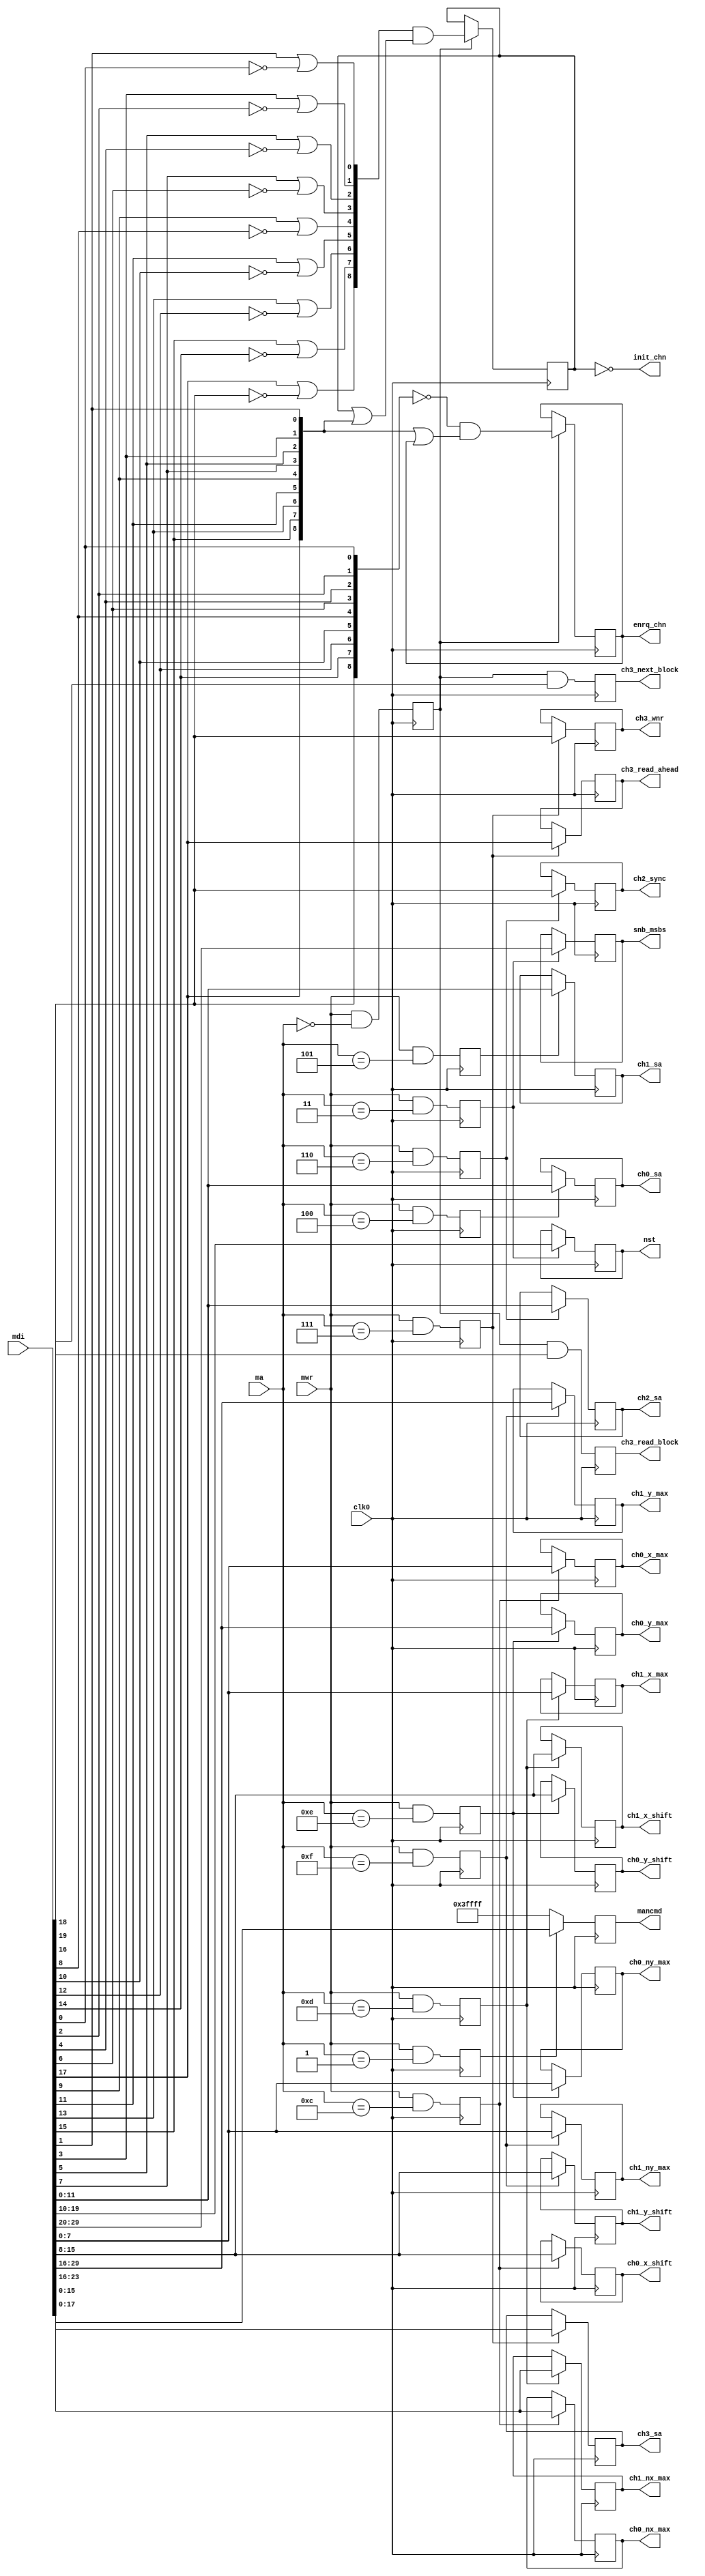
/*
** -----------------------------------------------------------------------------**
** mcontr_cmd.v
**
** decodes CPU writes to mcontr registers

** Copyright 2004 Elphel, Inc.
**
** -----------------------------------------------------------------------------**
**  This file is part of X333
** 
**  X333 is free software - hardware description language (HDL) code; you can
**  redistribute it and/or modify it under the terms of the GNU General Public License
**  as published by the Free Software Foundation; either version 2 of the License, or
**  (at your option) any later version.
** 
**  X333 is distributed in the hope that it will be useful,
**  but WITHOUT ANY WARRANTY; without even the implied warranty of
**  MERCHANTABILITY or FITNESS FOR A PARTICULAR PURPOSE.  See the
**  GNU General Public License for more details.
** 
**  You should have received a copy of the GNU General Public License
**  along with X333; if not, write to the Free Software
**  Foundation, Inc., 59 Temple Place, Suite 330, Boston, MA  02111-1307  USA
** -----------------------------------------------------------------------------**
**
*/

`timescale 1 ns / 1 ps

// add some status outputs
module mcontr_cmd(   clk0,           // system clock, mostly negedge (maybe add more clocks for ground bounce reducing?)0
                     mwr,            // @negedge clk0 - write parameters, single-cycle - valid with ma[2:0] - early , mdi valid at mwr and next cycle 
                     ma,             // [2:0] - specifies register to use:
                                     // 0 - command register, bit19 - ch3 read_block, bit 18 - next block, [17:16] - refresh, [15:14] - channel7, ...
                                     // 1 - SDRAM manual commands [17:0]
                                     // 2 - ny[9:0] (d[25:16], nx[9:0] (d[9:0])
                                     // 3 - snb_msbs[9:0], nst[9:0], nsty[4:0], nstx[4:0]
                                     // 4 - channel0 start address [11:0]
                                     // 5 - channel1 start address [11:0]
                                     // 6 - channel2 start address {sync,4'b0,[11:0]}
                                     // 7 - channel3 start address {readahead,write,[15:0]}
                     mdi,            // [31:0] data valid with mwr - CPU data to write parameters (and also - channel3)
// 
                     init_chn,       // [8:0] init channels (8 - refresh)
                     enrq_chn,       // [8:0] enable channels to access SDRAM ( 0 - pause, will not abort SDRAM r/w in progress) 
//                     en_refresh,
                     ch3_next_block,           
                     ch3_read_block,
                     ch3_read_ahead, // if set, ch3 in read mode will try to read 4 pages ahead without additional requests

                     snb_msbs,       // 10 MSBs of the start block address of the SDRAM dedicated to the token buffer
                     //nstx,           // (number of SUPERTILES (128x64 pix) block in a row) -1
                     //nsty,           // (number of SUPERTILES (128x64 pix) rows in a frame) -1
                     nst,            // (number of SUPERTILES (128x64 pix) in a frame) -1
                     //ntile_x,        // [9:0] (number of overlapping 20x20 tiles in a scan line) - 1
                     //ntile_y,        // [9:0] (number of overlapping 20x20 tiles in a column) - 1
										 ch0_x_max,
										 ch0_x_shift,
										 ch0_nx_max,
										 ch0_y_max,
										 ch0_y_shift,
										 ch0_ny_max,
										 ch1_x_max,
										 ch1_x_shift,
										 ch1_nx_max,
										 ch1_y_max,
										 ch1_y_shift,
										 ch1_ny_max,										 
                     ch0_sa,         // [11:0] 12 MSBs of the channel0 start address
                     ch1_sa,         // [11:0] 12 MSBs of the channel0 start address
                     ch2_sa,         // [11:0] 12 MSBs of the channel0 start address
                     ch3_sa,         // [15:0] 16 MSBs of the channel0 start address
                     ch2_sync,       // If "1" - channel 2 will wait for data from channel 0, "0" - run independently
                     ch3_wnr,        // channel3 (CPU PIO) write/not read mode
                     mancmd          // [17:0]

                     );
  input         clk0;
  input         mwr;
  input   [4:0] ma;
  input  [31:0] mdi;
  output  [8:0] init_chn;
  output  [8:0] enrq_chn;
//  output        en_refresh;
  output        ch3_next_block;
  output        ch3_read_block;
  output        ch3_read_ahead;
  output  [9:0] snb_msbs;   // 10 MSBs of the start block address of the SDRAM dedicated to the token buffer
  //output  [4:0] nstx;       // (number of SUPERTILES (128x64 pix) block in a row) -1
  //output  [4:0] nsty;       // (number of SUPERTILES (128x64 pix) rows in a frame) -1
  output  [9:0] nst;        // (number of SUPERTILES (128x64 pix) in a frame) -1

  //output  [9:0] ntile_x;        // [9:0] (number of overlapping 20x20 tiles in a scan line) - 1
  //output  [9:0] ntile_y;        // [9:0] (number of overlapping 20x20 tiles in a column) - 1
  output [11:0] ch0_sa;         // [11:0] 12 MSBs of the channel0 start address
  output [11:0] ch1_sa;         // [11:0] 12 MSBs of the channel0 start address
  output [11:0] ch2_sa;         // [11:0] 12 MSBs of the channel0 start address
  output [15:0] ch3_sa;         // [15:0] 16 MSBs of the channel0 start address
  output        ch2_sync;       // If "1" - channel 2 will wait for data from channel 0, "0" - run independently
  output        ch3_wnr;        // channel3 (CPU PIO) write/not read mode
  output [17:0] mancmd;

	output [7:0] ch0_x_max;
	output [7:0] ch0_x_shift;
	output [7:0] ch0_nx_max;
	output [13:0] ch0_y_max;
	output [7:0] ch0_y_shift;
	output [7:0] ch0_ny_max;
	
	output [7:0] ch1_x_max;
	output [7:0] ch1_x_shift;
	output [7:0] ch1_nx_max;
	output [13:0] ch1_y_max;
	output [7:0] ch1_y_shift;
	output [7:0] ch1_ny_max;

//   reg          en_refresh;
   reg          ch3_next_block;           
   reg          ch3_read_block;
   reg    [9:0] snb_msbs;   // 10 MSBs of the start block address of the SDRAM dedicated to the token buffer
   //reg    [4:0] nstx;       // (number of SUPERTILES (128x64 pix) block in a row) -1
   //reg    [4:0] nsty;       // (number of SUPERTILES (128x64 pix) rows in a frame) -1
   reg    [9:0] nst;        // (number of SUPERTILES (128x64 pix) in a frame) -1
   //reg    [9:0] ntile_x;        // [9:0] (number of overlapping 20x20 tiles in a scan line) - 1
   //reg    [9:0] ntile_y;        // [9:0] (number of overlapping 20x20 tiles in a column) - 1
   reg   [11:0] ch0_sa;         // [11:0] 12 MSBs of the channel0 start address
   reg   [11:0] ch1_sa;         // [11:0] 12 MSBs of the channel0 start address
   reg   [11:0] ch2_sa;         // [11:0] 12 MSBs of the channel0 start address
   reg   [15:0] ch3_sa;         // [15:0] 16 MSBs of the channel0 start address
   reg          ch2_sync;       // If "1" - channel 2 will wait for data from channel 0, "0" - run independently
   reg          ch3_wnr;        // channel3 (CPU PIO) write/not read mode
   reg   [17:0] mancmd;
   reg    [8:0] ninit_chn;
   reg          ch3_read_ahead;
   wire   [8:0] init_chn=~ninit_chn[8:0]; // so will be initialized to all "1"-s on POR
   reg    [8:0] enrq_chn;
/**/
   reg          mwr_cmd;
   reg          mancmd_stb;
   reg          mwr_nxny;
   reg          mwr_tkpars;
   reg          mwr_ch0;
   reg          mwr_ch1;
   reg          mwr_ch2;
   reg          mwr_ch3;
	 
	 reg mwr_ch0x, mwr_ch0y;
	 reg mwr_ch1x, mwr_ch1y;
	 
	reg [7:0] ch0_x_max=7;
	reg [7:0] ch0_x_shift=1; //was8
	reg [7:0] ch0_nx_max=15;  //was3
	reg [13:0] ch0_y_max=3;
	reg [7:0] ch0_y_shift=4;
	reg [7:0] ch0_ny_max=9;
	
	reg [7:0] ch1_x_max=7;
	reg [7:0] ch1_x_shift=1; //was8
	reg [7:0] ch1_nx_max=15;  //was3
	reg [13:0] ch1_y_max=3;
	reg [7:0] ch1_y_shift=4;
	reg [7:0] ch1_ny_max=9;	 
	 
/**/
/*
   wire          mwr_cmd;
   wire         mancmd_stb;
   wire         mwr_nxny;
   wire         mwr_tkpars;
   wire         mwr_ch0;
   wire         mwr_ch1;
   wire         mwr_ch2;
   wire         mwr_ch3;

 assign mwr_cmd    = mwr && (ma[2:0]==3'h0);
 assign mancmd_stb = mwr && (ma[2:0]==3'h1);
 assign mwr_nxny   = mwr && (ma[2:0]==3'h2);
 assign mwr_tkpars = mwr && (ma[2:0]==3'h3);
 assign mwr_ch0    = mwr && (ma[2:0]==3'h4);
 assign mwr_ch1    = mwr && (ma[2:0]==3'h5);
 assign mwr_ch2    = mwr && (ma[2:0]==3'h6);
 assign mwr_ch3    = mwr && (ma[2:0]==3'h7);
*/


   always @ (negedge clk0) begin
/**/
    mwr_cmd    <= mwr && (ma[4:0]==5'h0);
    mancmd_stb <= mwr && (ma[4:0]==5'h1);
    mwr_nxny   <= mwr && (ma[4:0]==5'h2);
    mwr_tkpars <= mwr && (ma[4:0]==5'h3);
    mwr_ch0    <= mwr && (ma[4:0]==5'h4);
    mwr_ch1    <= mwr && (ma[4:0]==5'h5);
    mwr_ch2    <= mwr && (ma[4:0]==5'h6);
    mwr_ch3    <= mwr && (ma[4:0]==5'h7);
		
		mwr_ch0x  <= mwr & (ma[4:0]==5'h0c);
		mwr_ch1x  <= mwr & (ma[4:0]==5'h0d);		
		mwr_ch0y  <= mwr & (ma[4:0]==5'h0e);
		mwr_ch1y  <= mwr & (ma[4:0]==5'h0f);
		
/**/
    mancmd[17:0] <= mancmd_stb?mdi[17:0]:18'h3ffff;
    if (mwr_cmd) begin
     ninit_chn[8:0]<={(mdi[17] | ~mdi[16]),
                      (mdi[15] | ~mdi[14]),(mdi[13] | ~mdi[12]),(mdi[11] | ~mdi[10]),(mdi[ 9] | ~mdi[ 8]),
                      (mdi[ 7] | ~mdi[ 6]),(mdi[ 5] | ~mdi[ 4]),(mdi[ 3] | ~mdi[ 2]),(mdi[ 1] | ~mdi[ 0])} & (ninit_chn[8:0] |
                      {mdi[17],mdi[15],mdi[13],mdi[11],mdi[9],mdi[7],mdi[5],mdi[3],mdi[1]} );
     enrq_chn[8:0] <= (~{mdi[16],mdi[14],mdi[12],mdi[10],mdi[8],mdi[6],mdi[4],mdi[2],mdi[0]}) & 
                       ({mdi[17],mdi[15],mdi[13],mdi[11],mdi[9],mdi[7],mdi[5],mdi[3],mdi[1]} | enrq_chn[8:0]);

    end

     ch3_next_block <= mwr_cmd && mdi[18];           
     ch3_read_block <= mwr_cmd && mdi[19];

//    if (mwr_nxny) begin
//     ntile_x[9:0]  <= mdi[9:0];
//     ntile_y[9:0]  <= mdi[25:16];
//    end
    if (mwr_tkpars) begin
     snb_msbs[9:0]<= mdi[29:20];
     nst[9:0]     <= mdi[19:10];
     //nsty[4:0]    <= mdi[9:5];
     //nstx[4:0]    <= mdi[4:0];
    end
    if (mwr_ch0)  ch0_sa[11:0] <= mdi[11:0];
    if (mwr_ch1)  ch1_sa[11:0] <= mdi[11:0];
    if (mwr_ch2) begin
      ch2_sa[11:0] <= mdi[11:0];
      ch2_sync     <= mdi[16];
    end    
    if (mwr_ch3) begin
      ch3_sa[15:0]   <= mdi[15:0];
      ch3_wnr        <= mdi[16];
      ch3_read_ahead <= mdi[17];
    end    

		if (mwr_ch0x) begin
			ch0_x_max   <= mdi[7:0];
			ch0_x_shift <= mdi[15:8];
			ch0_nx_max  <= mdi[23:16];
		end

		if (mwr_ch0y) begin
			ch0_y_max   <= mdi[29:16];
			ch0_y_shift <= mdi[15:8];
			ch0_ny_max  <= mdi[7:0];
		end
		
		if (mwr_ch1x) begin
			ch1_x_max   <= mdi[7:0];
			ch1_x_shift <= mdi[15:8];
			ch1_nx_max  <= mdi[23:16];
		end		

		if (mwr_ch1y) begin
			ch1_y_max   <= mdi[29:16];
			ch1_y_shift <= mdi[15:8];
			ch1_ny_max  <= mdi[7:0];
		end
		
   end
endmodule